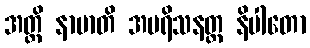
အတ္ထိ နာမာတိ အမရိသနတ္ထ နိပါတော